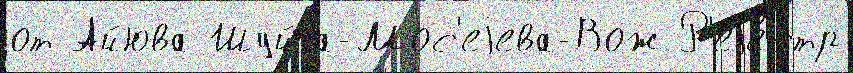
от Айюва Шуйга-Мос'еjева-Вож Р'еjе́стр